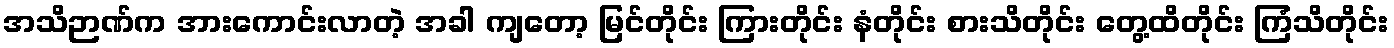
အသိဉာဏ်က အားကောင်းလာတဲ့ အခါ ကျတော့ မြင်တိုင်း ကြားတိုင်း နံတိုင်း စားသိတိုင်း တွေ့ထိတိုင်း ကြံသိတိုင်း